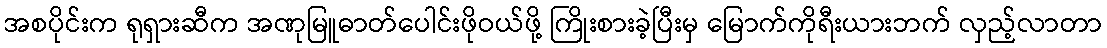
အစပိုင်းက ရုရှားဆီက အဏုမြူဓာတ်ပေါင်းဖိုဝယ်ဖို့ ကြိုးစားခဲ့ပြီးမှ မြောက်ကိုရီးယားဘက် လှည့်လာတာ